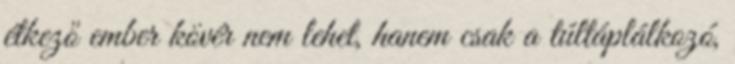
étkező ember kövér nem lehet, hanem csak a túltáplálkozó,